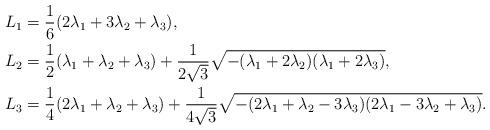
LaTeX: \begin{align*} L_1&=\frac{1}{6} (2 \lambda_1 +3\lambda_2 +\lambda_3), \\ L_2&=\frac{1}{2}(\lambda_1 +\lambda_2+\lambda_3)+ \frac{1}{2\sqrt{3}}\sqrt{-(\lambda_1 +2\lambda_2)(\lambda_1 +2 \lambda_3)} ,\\ L_3&=\frac{1}{4} (2\lambda_1 + \lambda_2 +\lambda_3) +\frac{1}{4\sqrt{3}}\sqrt{-(2\lambda_1+\lambda_2-3\lambda_3) (2\lambda_1-3\lambda_2 +\lambda_3)}. \end{align*}